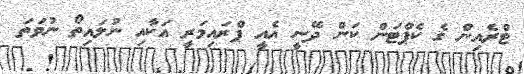
ޓްރެއިން ގެ ކެޕްޓަން ކަން ދޭނީ އެއީ ޕްރައިމަރީ އަކާއި ނުލައިތޯ ނުވަތަ